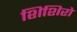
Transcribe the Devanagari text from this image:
शिशिरो